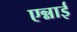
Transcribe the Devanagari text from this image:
एन्नाई